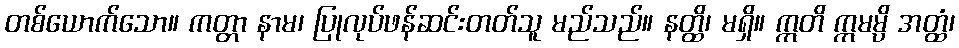
တစ်ယောက်သော။ ကတ္တာ နာမ၊ ပြုလုပ်ဖန်ဆင်းတတ်သူ မည်သည်။ နတ္ထိ၊ မရှိ။ ဣတိ ဣမမ္ပိ အတ္ထံ၊